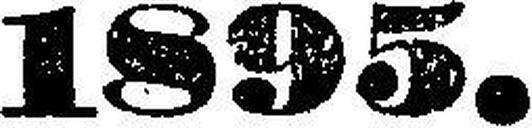
1895.